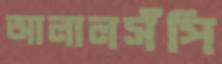
আলালসঁপি